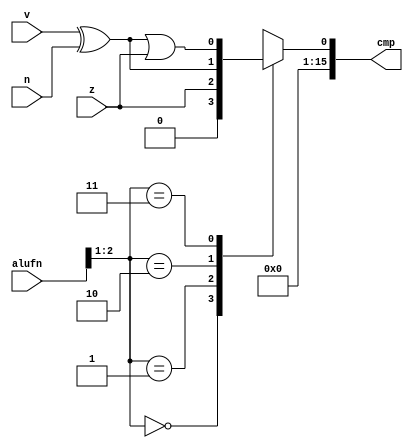
/*
   This file was generated automatically by Alchitry Labs version 1.2.1.
   Do not edit this file directly. Instead edit the original Lucid source.
   This is a temporary file and any changes made to it will be destroyed.
*/

module comparator_7 (
    input [5:0] alufn,
    input z,
    input v,
    input n,
    output reg [15:0] cmp
  );
  
  
  
  reg vxorn;
  
  reg vxorn_orz;
  
  always @* begin
    cmp[1+14-:15] = 15'h0000;
    vxorn = v ^ n;
    vxorn_orz = vxorn | z;
    
    case (alufn[1+1-:2])
      2'h0: begin
        cmp[0+0-:1] = 1'h0;
      end
      2'h1: begin
        cmp[0+0-:1] = z;
      end
      2'h2: begin
        cmp[0+0-:1] = vxorn;
      end
      2'h3: begin
        cmp[0+0-:1] = vxorn_orz;
      end
      default: begin
        cmp[0+0-:1] = 1'h0;
      end
    endcase
  end
endmodule